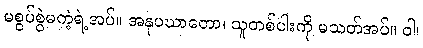
မစွပ်စွဲမကဲ့ရဲ့အပ်။ အနုပဃာတော၊ သူတစ်ပါးကို မသတ်အပ်။ ဝါ၊